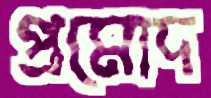
প্রমোদ